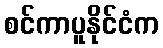
စင်ကာပူနိုင်ငံက